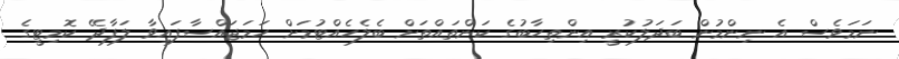
ނަމަވެސް އެ ނިންމުން ބަދަލުކުރީ އިންތިހާބުގެ ކަންތައްތަށް ބެލެހެއްޓުމަށް ހަމަޖައްސާފައިވާ ލަފާދޭ ކޮމިޓީގެ